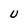
Character: U